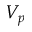
V _ { p }